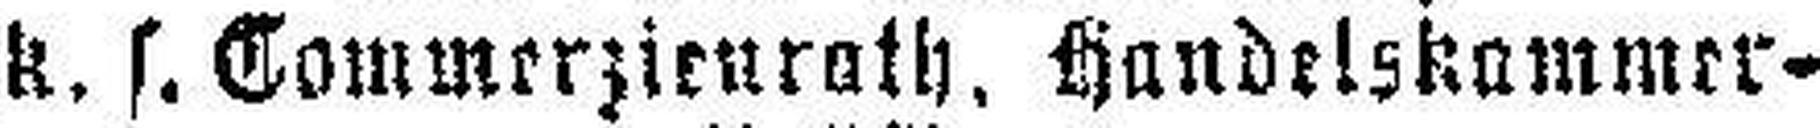
k. s. Commerzienrath, Handelskammer-